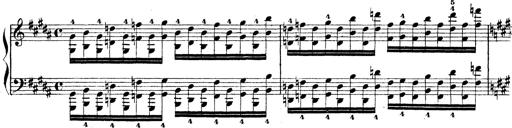
Title: Technische Studien
Composer: Franz Liszt